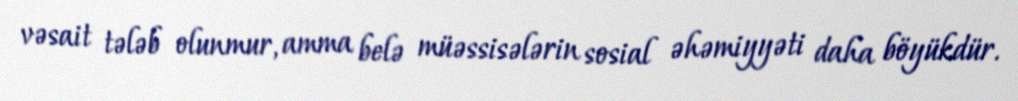
vəsait tələb olunmur, amma belə müəssisələrin sosial əhəmiyyəti daha böyükdür.